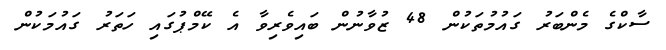
ސާކްގެ މެންބަރު ގައުމުތަކުން 48 ޒުވާނުން ބައިވެރިވާ އެ ކޭމްޕުގައި ހަތަރު ގައުމަކުން